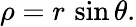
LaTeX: \rho=r\, \sin\theta.